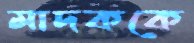
মাদককে